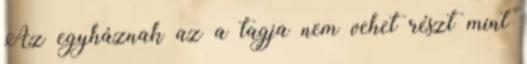
Az egyháznak az a tagja nem vehet részt mint